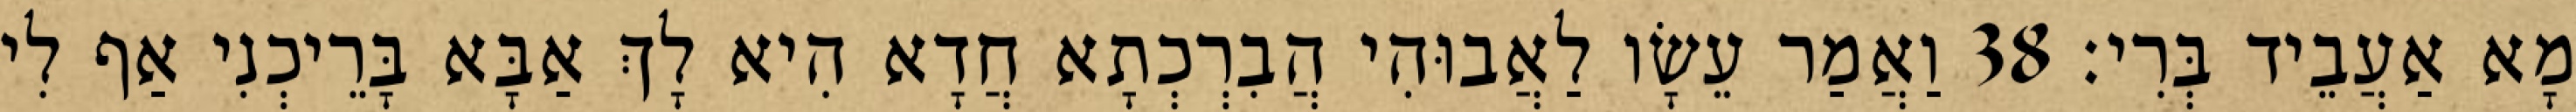
מָא אַעֲבֵיד בְּרִי׃ 38 וַאֲמַר עֵשָׂו לַאֲבוּהִי הֲבִרְכְתָא חֲדָא הִיא לָךְ אַבָּא בָּרֵיכְנִי אַף לִי